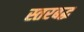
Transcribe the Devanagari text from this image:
स्तरबद्ध